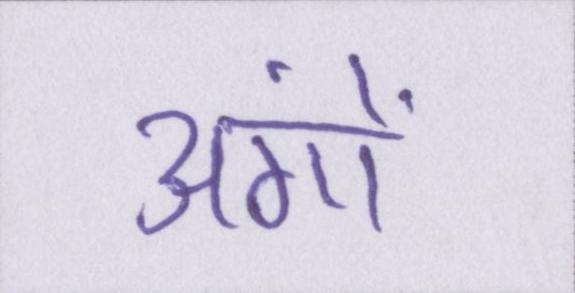
अंगों